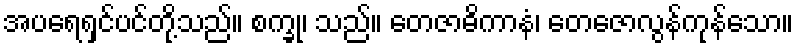
အပရေရှင်ပင်တို့သည်။ စက္ခု၊ သည်။ တေဇာဓိကာနံ၊ တေဇောလွန်ကုန်သော။